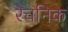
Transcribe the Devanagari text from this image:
रेचनिक